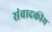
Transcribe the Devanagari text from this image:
संवादकीय